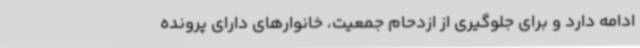
ادامه دارد و برای جلوگیری از ازدحام جمعیت، خانوارهای دارای پرونده